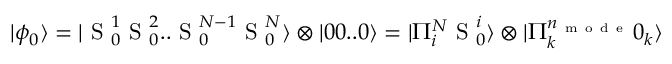
| \phi _ { 0 } \rangle = | \mathrm { ~ S ~ } _ { 0 } ^ { 1 } \mathrm { ~ S ~ } _ { 0 } ^ { 2 } . . \mathrm { ~ S ~ } _ { 0 } ^ { N - 1 } \mathrm { ~ S ~ } _ { 0 } ^ { N } \rangle \otimes | 0 0 . . 0 \rangle = | \Pi _ { i } ^ { N } \mathrm { ~ S ~ } _ { 0 } ^ { i } \rangle \otimes | \Pi _ { k } ^ { n _ { \mathrm { ~ m ~ o ~ d ~ e ~ } } } 0 _ { k } \rangle